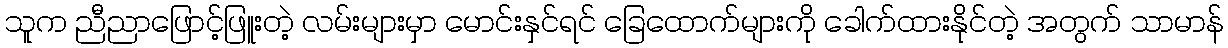
သူက ညီညာဖြောင့်ဖြူးတဲ့ လမ်းများမှာ မောင်းနှင်ရင် ခြေထောက်များကို ခေါက်ထားနိုင်တဲ့ အတွက် သာမာန်